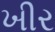
ખીર